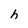
Character: h